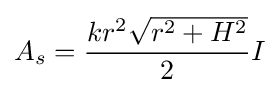
A_{s}={kr^{2}{\sqrt {r^{2}+H^{2}}} \over 2}I